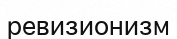
ревизионизм